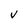
Character: V